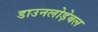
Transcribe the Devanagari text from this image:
डाउनलोड़ेबल